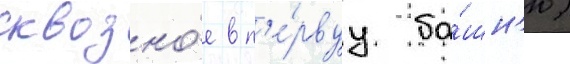
сквозно́е в п'е́рвуу ба́шн'ю)